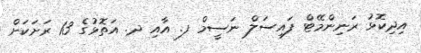
އިދިކޮޅު ރަނިންމޭޓް ފައިސަލް ނަސީމް ފ. އާއި ދ. އަތޮޅުގެ 13 ރަށަކަށް